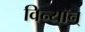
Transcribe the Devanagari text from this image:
विन्यॉन्